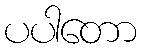
ပပါတော